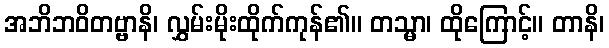
အဘိဘဝိတဗ္ဗာနိ၊ လွှမ်းမိုးထိုက်ကုန်၏။ တသ္မာ၊ ထိုကြောင့်။ တာနိ၊